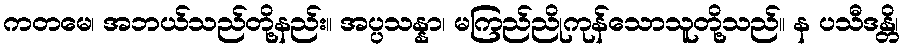
ကတမေ၊ အဘယ်သည်တို့နည်း။ အပ္ပသန္နာ၊ မကြည်ညိုကုန်သောသူတို့သည်။ န ပသီဒန္တိ၊